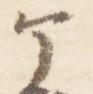
ヶ